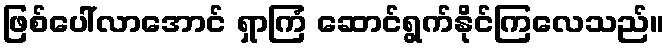
ဖြစ်ပေါ်လာအောင် ရှာကြံ ဆောင်ရွက်နိုင်ကြလေသည်။